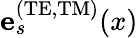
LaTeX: {\mathbf e}_{s}^{\mathrm{(TE,TM)}}(x)